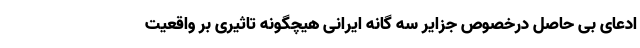
ادعای بی حاصل درخصوص جزایر سه گانه ایرانی هیچگونه تاثیری بر واقعیت